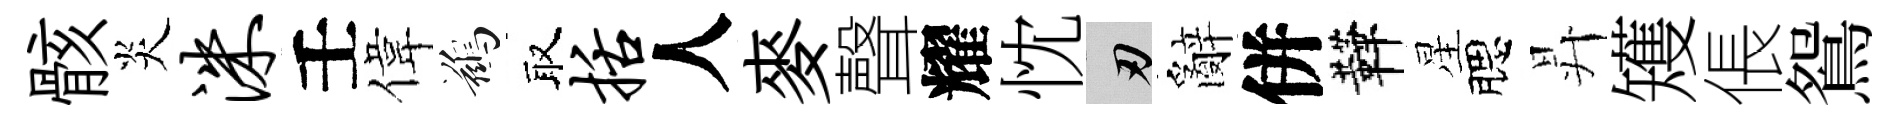
骸炎洙壬偉鷀取括人麥聲耀忱刃辭併鞾星腮昇矱倀鴛